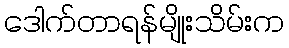
ဒေါက်တာရန်မျိုးသိမ်းက